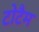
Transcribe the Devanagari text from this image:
टोटैम